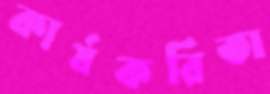
কার্যকরিতা